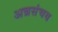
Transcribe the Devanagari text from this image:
अन्नसंचय